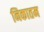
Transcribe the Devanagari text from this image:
निकातम